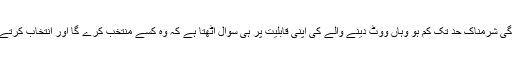
ایسے میں جس ملک کی شرحِ خواندگی شرمناک حد تک کم ہو وہاں ووٹ دینے والے کی اپنی قابلیت پر ہی سوال اُٹھتا ہے کہ وہ کسے منتخب کرے گا اور انتخاب کرتے وقت اُس کی ترجیحات کیا ہوں گی۔